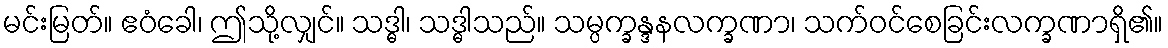
မင်းမြတ်။ ဧဝံခေါ၊ ဤသို့လျှင်။ သဒ္ဓါ၊ သဒ္ဓါသည်။ သမ္ပက္ခန္ဒနလက္ခဏာ၊ သက်ဝင်စေခြင်းလက္ခဏာရှိ၏။